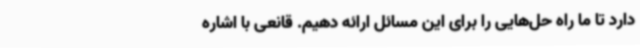
دارد تا ما راه حل‌هایی را برای این مسائل ارائه دهیم. قانعی با اشاره